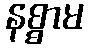
နစ္စာမ